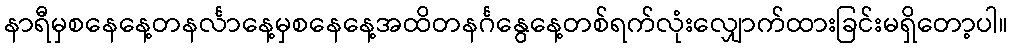
နာရီမှစနေနေ့တနင်္လာနေ့မှစနေနေ့အထိတနင်္ဂနွေနေ့တစ်ရက်လုံးလျှောက်ထားခြင်းမရှိတော့ပါ။